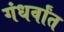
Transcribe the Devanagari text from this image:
गंधर्वांत